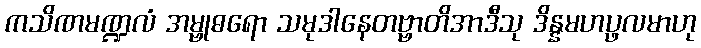
ကသိဏမဏ္ဍလံ အမ္ဗုဓရော သမုဒါနေတဗ္ဗာတိအာဒီသု ဒိန္နမဟပ္ဖလမာဟု